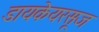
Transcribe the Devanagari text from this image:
डायकेयरसूज